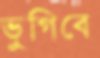
ভুগিবে